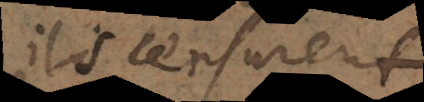
qu’ils censurent